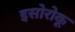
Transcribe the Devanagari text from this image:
इसोरोकू